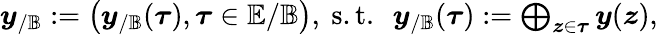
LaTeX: \begin{array}{r}{\boldsymbol{y}_{/\mathbb{B}}:=\big(\boldsymbol{y}_{/\mathbb{B}}(\boldsymbol{\tau}),\boldsymbol{\tau}\in\mathbb{E}/\mathbb{B}\big),\mathrm{~s.t.~~}\boldsymbol{y}_{/\mathbb{B}}(\boldsymbol{\tau}):=\bigoplus_{\boldsymbol{z}\in\boldsymbol{\tau}}\boldsymbol{y}(\boldsymbol{z}),}\end{array}